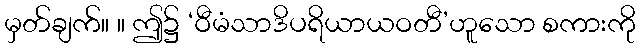
မှတ်ချက်။ ။ ဤ၌ ‘ဝီမံသာဒိပရိယာယဝတီ’ဟူသော စကားကို